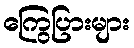
ကြွေပြားများ